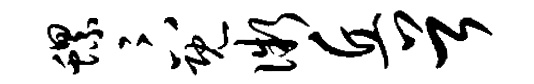
螺卞既微丘首